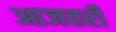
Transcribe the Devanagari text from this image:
आजतरी